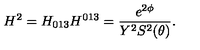
H ^ { 2 } = H _ { 0 1 3 } H ^ { 0 1 3 } = \frac { e ^ { 2 \phi } } { Y ^ { 2 } S ^ { 2 } ( \theta ) } .